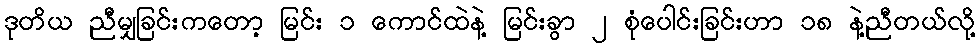
ဒုတိယ ညီမျှခြင်းကတော့ မြင်း ၁ ကောင်ထဲနဲ့ မြင်းခွာ ၂ စုံပေါင်းခြင်းဟာ ၁၈ နဲ့ညီတယ်လို့